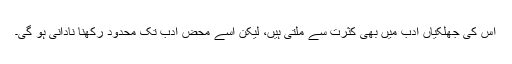
اس کی جھلکیاں ادب میں بھی کثرت سے ملتی ہیں، لیکن اسے محض ادب تک محدود رکھنا نادانی ہو گی۔